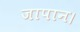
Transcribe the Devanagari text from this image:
जापान।